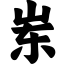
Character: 岽